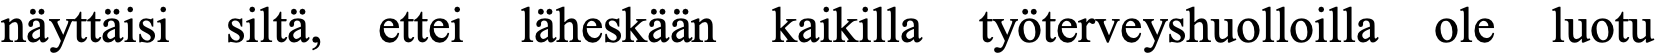
näyttäisi siltä, ettei läheskään kaikilla työterveyshuolloilla ole luotu